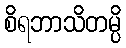
စိရဘာသိတမ္ပိ